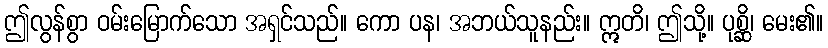
ဤလွန်စွာ ဝမ်းမြောက်သော အရှင်သည်။ ကော ပန၊ အဘယ်သူနည်း။ ဣတိ၊ ဤသို့။ ပုစ္ဆိ၊ မေး၏။